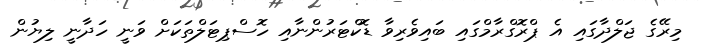
މިރޭގެ ޖަލްދާގައި އެ ޕްރޮގްރާމްގައި ބައިވެރިވާ ޑޮކްޓަރުންނާއި ހޮސްޕިޓަލްތަކަށް ވަނީ ހަދާނީ ލިޔުން